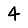
Digit: 4